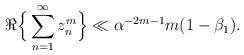
LaTeX: \begin{align*}\Re\Big\{ \sum_{n=1}^{\infty} z_n^m \Big\} \ll \alpha^{-2m-1} m(1-\beta_1). \end{align*}